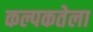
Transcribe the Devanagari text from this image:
कल्पकतेला